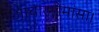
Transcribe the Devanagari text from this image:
आचारमीमांसा।